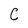
Character: C